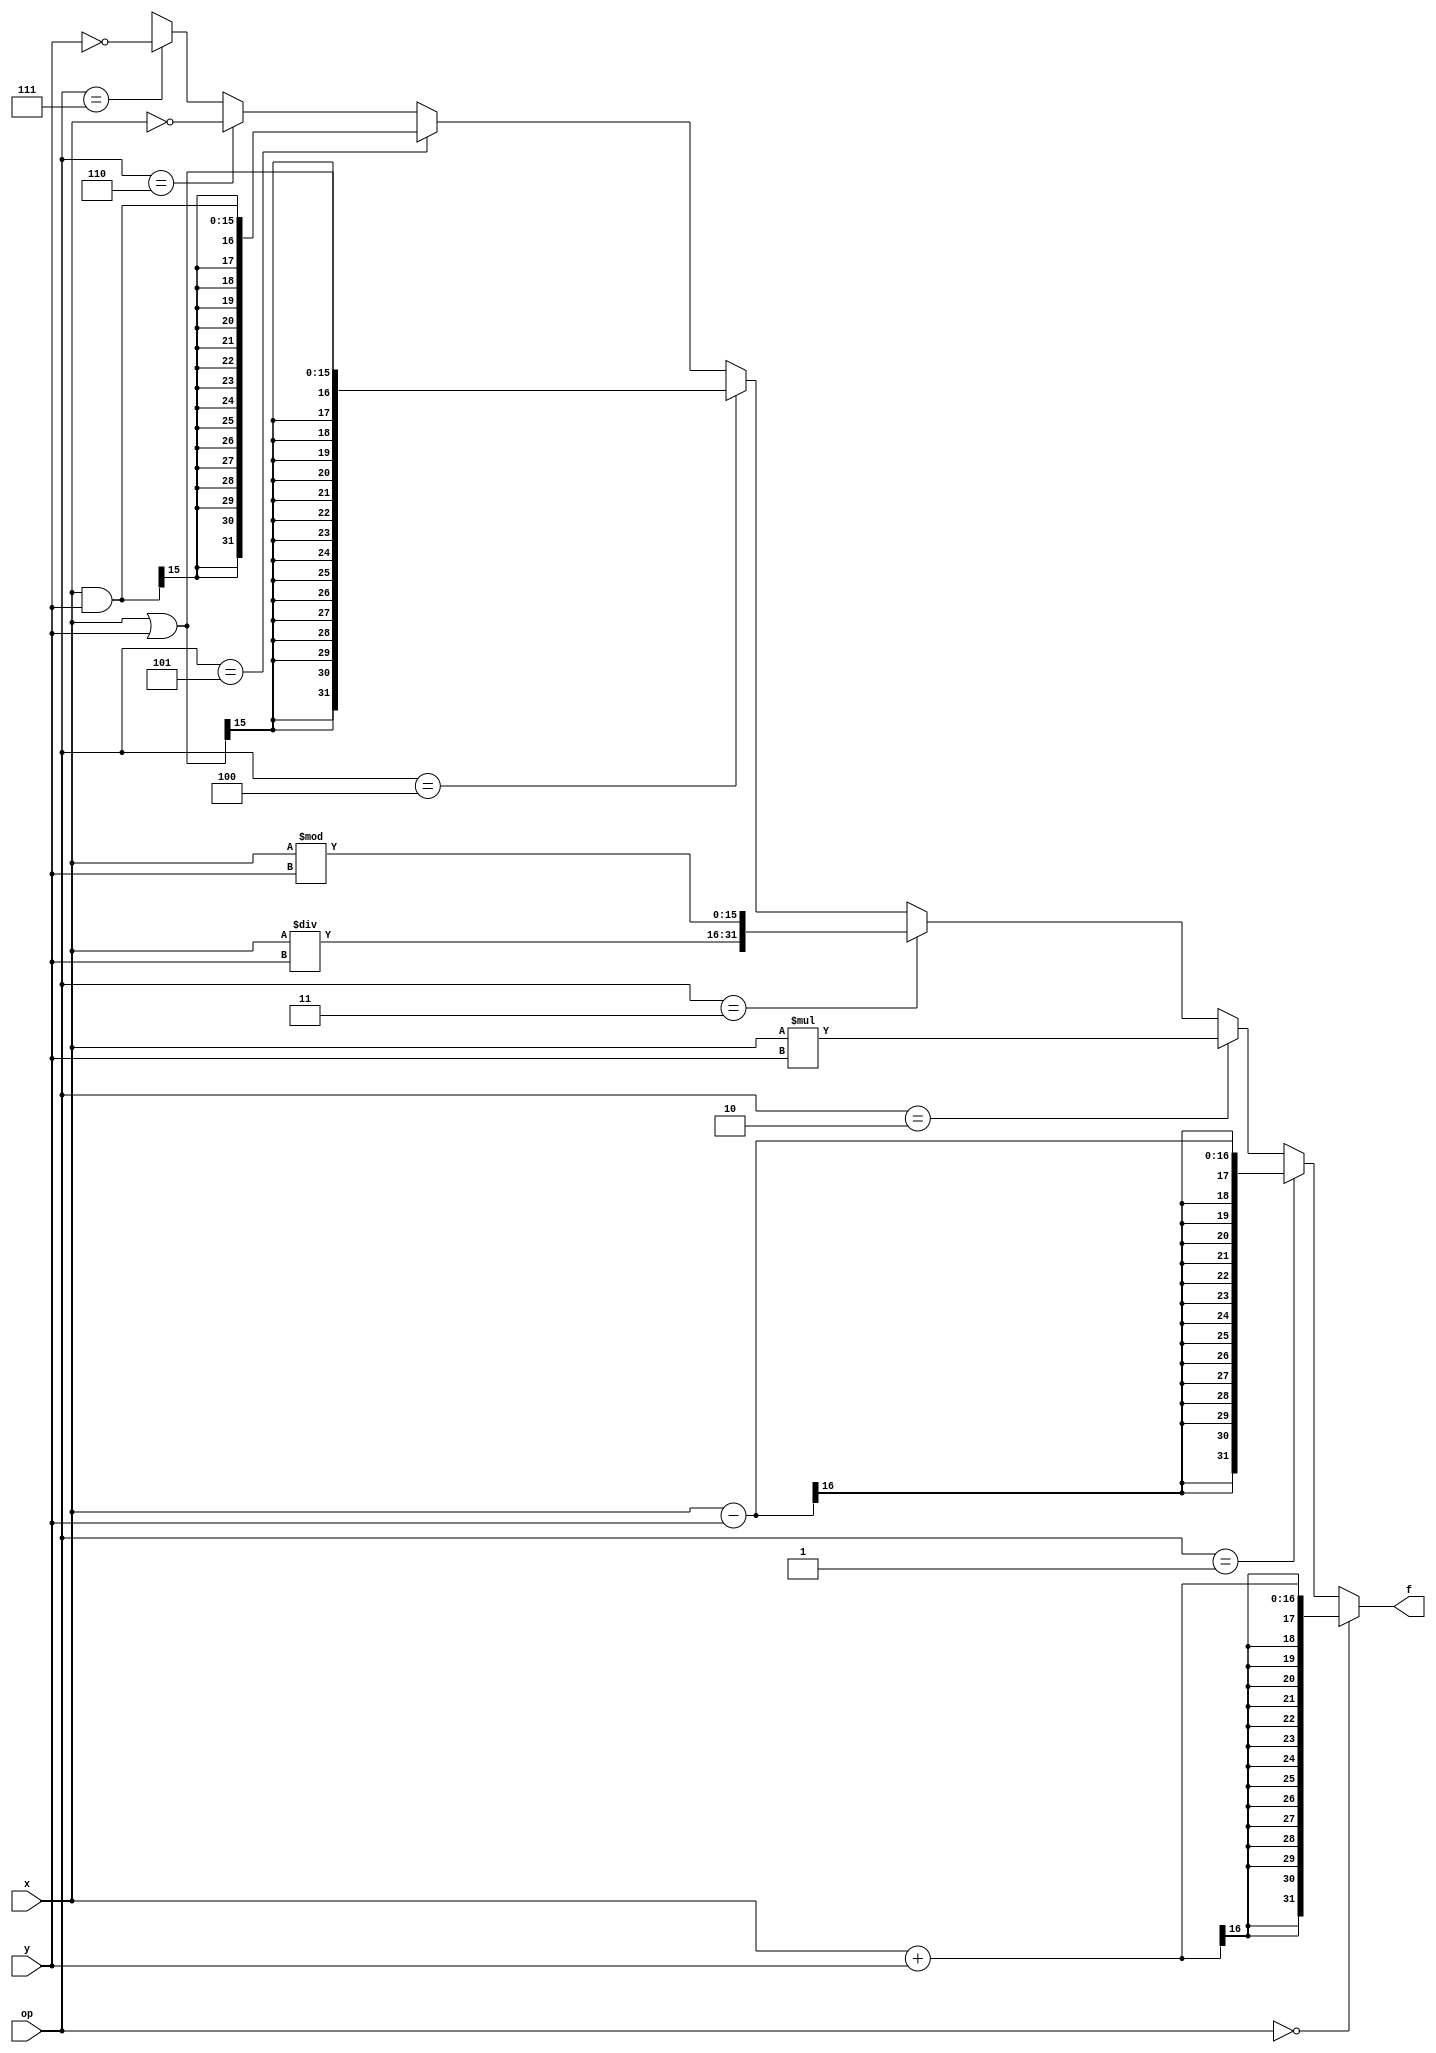
`timescale 1ns / 1ps
//////////////////////////////////////////////////////////////////////////////////
// Faculty: Electronics and Communication Department at faculty of Engineering Zagazig University
// 
// Project Name: ALU_Design
// Revision 0.01 - File Created
// 
//////////////////////////////////////////////////////////////////////////////////


module ALU #(parameter n=16)(
    
    input [2:0] op,
    input signed [n - 1:0] x,y,
    output reg signed [2*n - 1:0] f
    );

    always@(x,y,op) begin
    
        f='bx;
    
        if(op==3'b000) begin
            f=x+y;
            $display("\t%d + %d = %d",x,y,f);
            $display("\t%b + %b = %b",x,y,f);
            end
            
        else if(op==3'b001) begin
            f=x-y;
            $display("\t%d - %d = %d",x,y,f);
            $display("\t%b - %b = %b",x,y,f);
            end
            
        else if(op==3'b010) begin
            f=x*y;
            $display("\t%d * %d = %d",x,y,f);
            $display("\t%b * %b = %b",x,y,f);
            end
            
        else if(op==3'b011)begin 
            f={x/y,x%y};
                if(x%y == 0 )begin
                    $display("\t%d / %d = %d",x,y,x/y);
                    $display("\t%b / %b = %b",x,y,f);
                    end
                    
                else begin
                $display("\t%d / %d = %d and the remainder = %d",x,y,(x/y),(x%y));
                $display("\t%b / %b = %b",x,y,f);
                end
            end
            
        else if(op==3'b100) begin
            f=x|y;
            $display("\t%d | %d = %d",x,y,f);
            $display("\t%b | %b = %b",x,y,f);
            end
            
        else if(op==3'b101) begin
            f=x&y;
            $display("\t%d & %d = %d",x,y,f);
            $display("\t%b & %b = %b",x,y,f);
            end
            
        else if(op==3'b110) begin
            f= ~x;
            $display("\t~%d = %d",x,f);
            $display("\t~%b = %b",x,f);
            end
            
        else if(op==3'b111) begin
            f= ~y;
            $display("\t~%d = %d",y,f);
            $display("\t~%b = %b",y,f);
            end
            
    end
endmodule